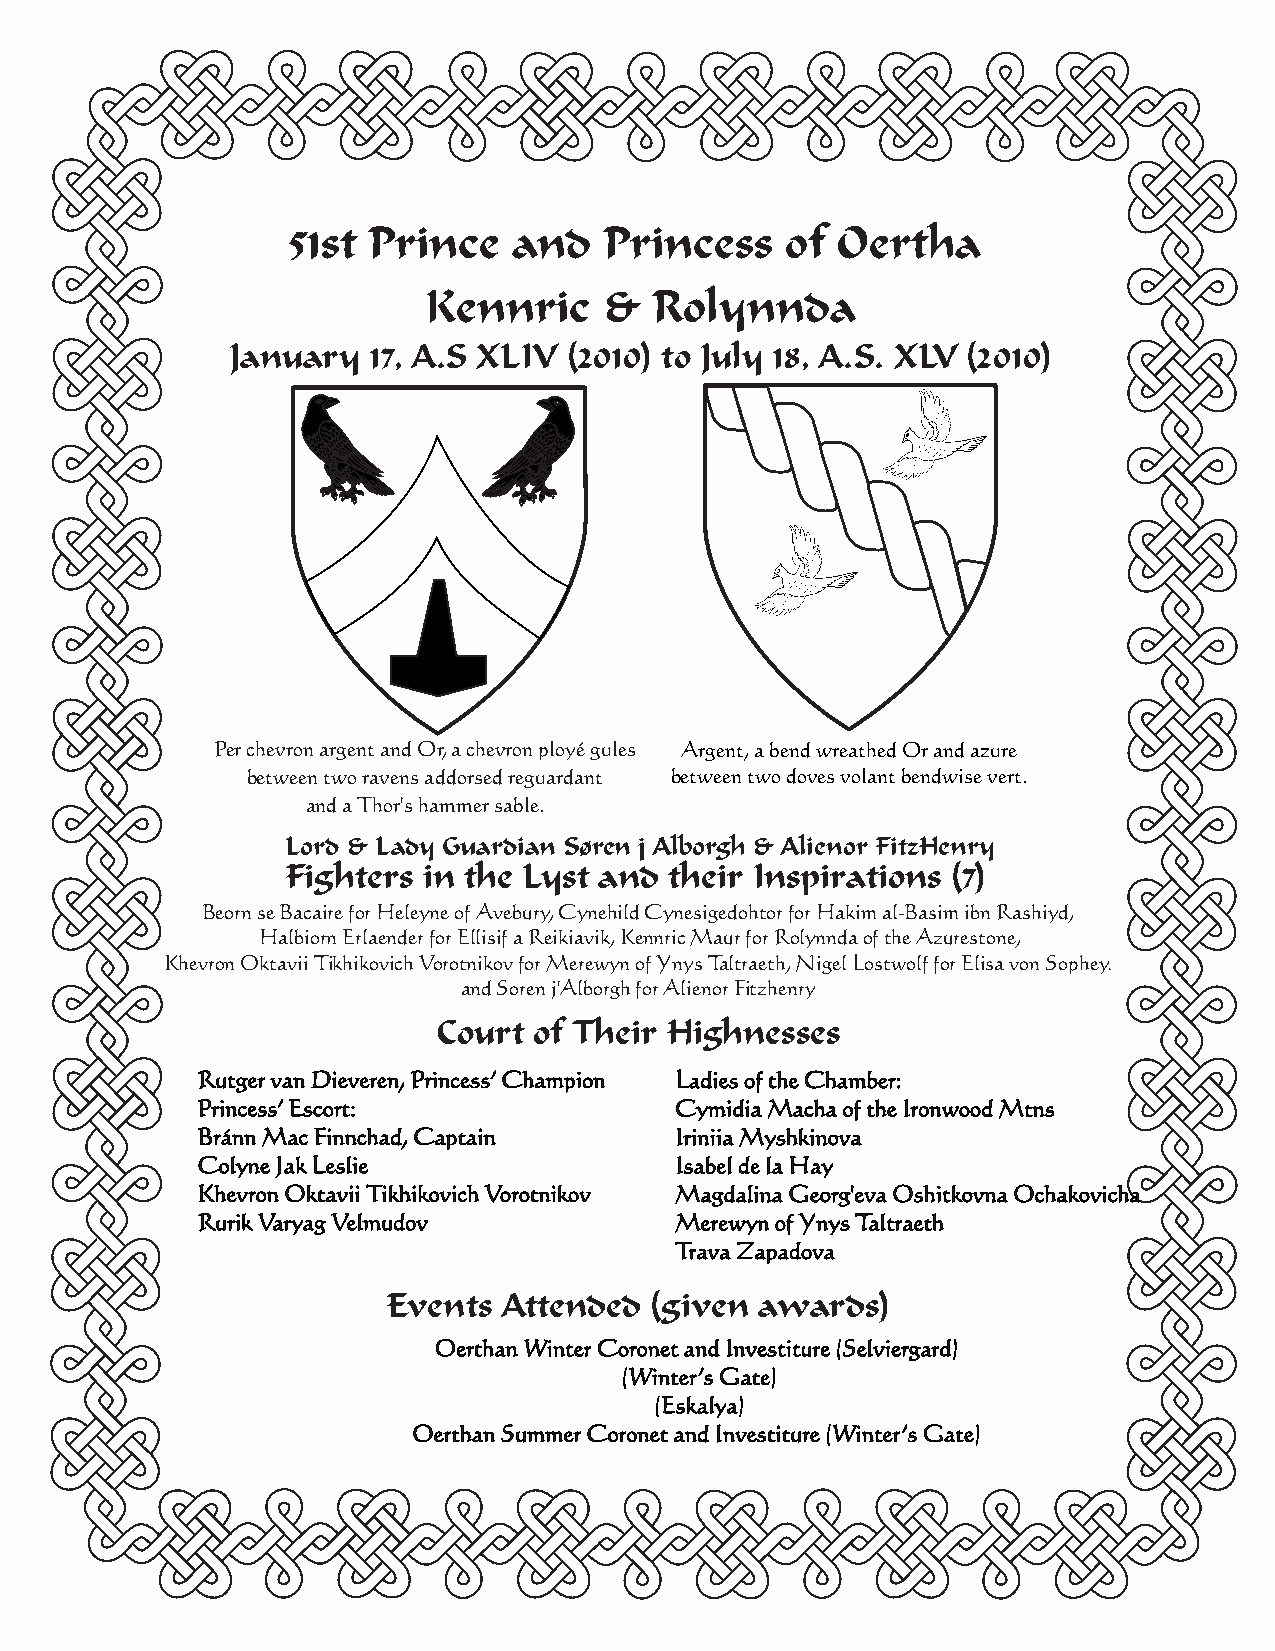
51st Prince    and   Princess    of Oertha
 Kennric     &  Rolynnda
 January  17, A.S XLIV  (2010) to July 18, A.S. XLV (2010)
 Per chevron argent and Or, a chevron ployé gules Argent, a bend wreathed Or and azure
 between two ravens addorsed reguardant between two doves volant bendwise vert.
 and a Thor's hammer sable.
 Lord & Lady Guardian Søren j Alborgh & Alienor FitzHenry
 Fighters in the Lyst and their Inspirations (7)
 Beorn se Bacaire for Heleyne of Avebury, Cynehild Cynesigedohtor for Hakim al-Basim ibn Rashiyd,
 Halbiorn Erlaender for Ellisif a Reikiavik, Kennric Maur for Rolynnda of the Azurestone,
 Khevron Oktavii Tikhikovich Vorotnikov for Merewyn of Ynys Taltraeth, Nigel Lostwolf for Elisa von Sophey.
 and Soren j'Alborgh for Alienor Fitzhenry
 Court of Their Highnesses
 Rutger van Dieveren, Princess’ Champion Ladies of the Chamber:
 Princess’ Escort:               Cymidia Macha of the Ironwood Mtns
 Bránn Mac Finnchad, Captain     Iriniia Myshkinova
 Colyne Jak Leslie               Isabel de la Hay
 Khevron Oktavii Tikhikovich Vorotnikov Magdalina Georg'eva Oshitkovna Ochakovicha
 Rurik Varyag Velmudov           Merewyn of Ynys Taltraeth
 Trava Zapadova
 Events Attended  (given awards)
 Oerthan Winter Coronet and Investiture (Selviergard)
 (Winter’s Gate)
 (Eskalya)
 Oerthan Summer Coronet and Investiture (Winter’s Gate)